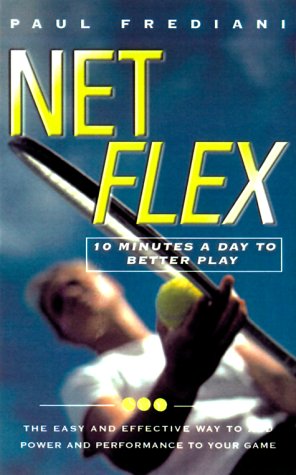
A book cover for Net Flex: 10 Minutes a Day to Better Play; Paul Frediani; Sports & Outdoors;